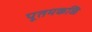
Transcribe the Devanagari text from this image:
पूतमकळि